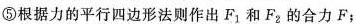
⑤ 根据力的平行四边形法则作出F_{1}和F_{2}的合力F；